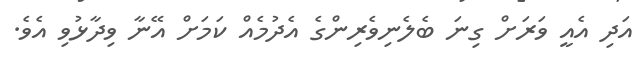
އަދި އެއީ ވަރަށް ގިނަ ބެލެނިވެރިންގެ އެދުމެއް ކަމަށް އޭނާ ވިދާޅުވި އެވެ.